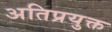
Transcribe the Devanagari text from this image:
अतिप्रयुक्त